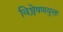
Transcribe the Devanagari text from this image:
विश्लेषणयुक्त